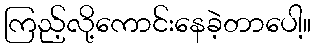
ကြည့်လို့ကောင်းနေခဲ့တာပေါ့။